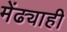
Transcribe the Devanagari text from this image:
मेंढ्याही